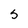
Character: S